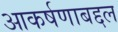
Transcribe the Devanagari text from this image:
आकर्षणाबद्दल